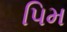
પિમ